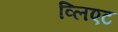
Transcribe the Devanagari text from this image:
व्लिएट